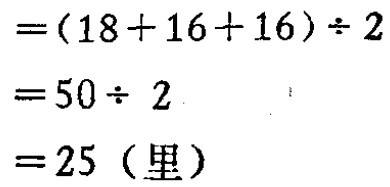
\[

\begin{align*}

&=(18 + 16+16)\div2\\

&=50\div 2\\

&=50\div 2\\

&=25 \text{（里）}

\end{align*}

\]